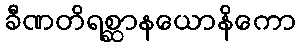
ခီဏတိရစ္ဆာနယောနိကော